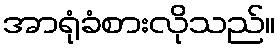
အာရုံခံစားလိုသည်။